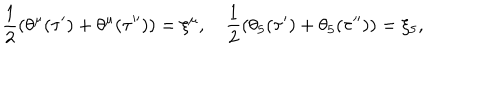
\frac 1 2 ( \theta ^ { \mu } ( \tau ^ { \prime } ) + \theta ^ { \mu } ( \tau ^ { \prime \prime } ) ) = \xi ^ { \mu } , \quad \frac 1 2 ( \theta _ { 5 } ( \tau ^ { \prime } ) + \theta _ { 5 } ( \tau ^ { \prime \prime } ) ) = \xi _ { 5 } ,